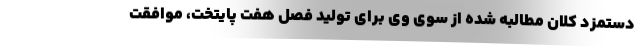
دستمزد کلان مطالبه شده از سوی وی برای تولید فصل هفت پایتخت، موافقت